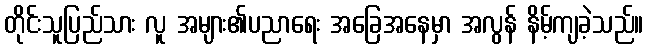
တိုင်းသူပြည်သား လူ အများ၏ပညာရေး အခြေအနေမှာ အလွန် နိမ့်ကျခဲ့သည်။